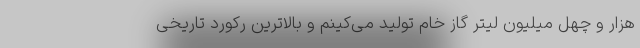
هزار و چهل میلیون لیتر گاز خام تولید می‌کینم و بالاترین رکورد تاریخی